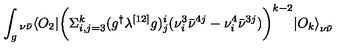
\int _ { g } { } _ { \nu \bar { \nu } } \langle O _ { 2 } | \biggl ( \Sigma _ { i , j = 3 } ^ { k } ( g ^ { \dagger } \lambda ^ { [ 1 2 ] } g ) _ { j } ^ { i } ( \nu _ { i } ^ { 3 } { \bar { \nu } } ^ { 4 j } - \nu _ { i } ^ { 4 } { \bar { \nu } } ^ { 3 j } ) \biggr ) ^ { k - 2 } { | O _ { k } \rangle } _ { \nu \bar { \nu } }